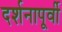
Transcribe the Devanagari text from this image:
दर्शनापूर्वी